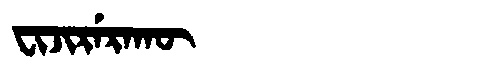
Manchu: ᠸᡳᠵᡳᡵᡝᡵᠠᡴᡡ
Romanization: FIJIRERAKŪ